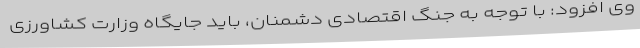
وی افزود: با توجه به جنگ اقتصادی دشمنان، باید جایگاه وزارت کشاورزی